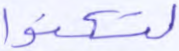
لتسكنوا